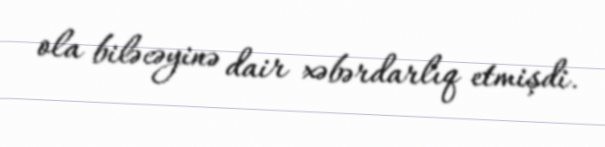
ola biləcəyinə dair xəbərdarlıq etmişdi.